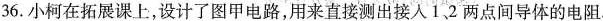
36.小柯在拓展课上，设计了图甲电路，用来直接测出接人1，2两点间导体的电阻.